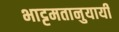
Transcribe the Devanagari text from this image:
भाट्टमतानुयायी